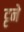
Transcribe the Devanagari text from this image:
ट्टने